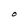
Character: O